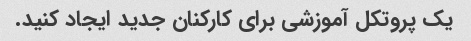
یک پروتکل آموزشی برای کارکنان جدید ایجاد کنید.